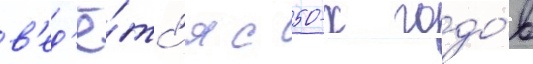
в'ед'ё́тс'я с 50-х годо́в